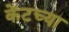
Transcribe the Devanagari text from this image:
केंटच्या